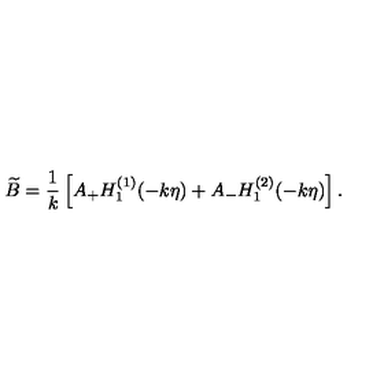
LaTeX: \widetilde { B } = { \frac { 1 } { k } } \left[ A _ { + } H _ { 1 } ^ { ( 1 ) } ( - k \eta ) + A _ { - } H _ { 1 } ^ { ( 2 ) } ( - k \eta ) \right] .